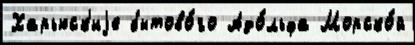
Харьюск'иjе бытово́го Адо́льфа Морско́й